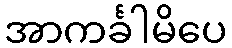
အာကင်္ခါမိပေ